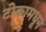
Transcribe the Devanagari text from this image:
टोकामधून